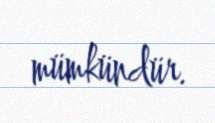
mümkündür.